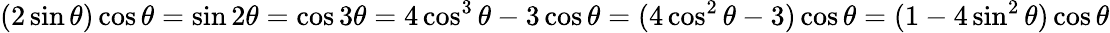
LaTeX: (2\sin\theta)\cos\theta=\sin 2\theta=\cos 3\theta=4\cos^{3}\theta-3\cos\theta=(4\cos^{2}\theta-3)\cos\theta=(1-4\sin^{2}\theta)\cos\theta